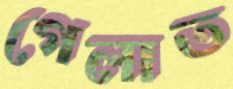
গেলাত